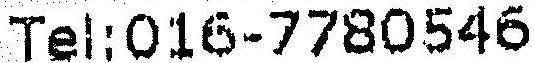
TEL:016-7780546